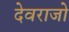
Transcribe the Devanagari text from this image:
देवराजो